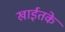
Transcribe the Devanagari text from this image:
खाईतके